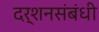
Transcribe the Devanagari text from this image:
दर्शनसंबंधी